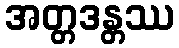
အတ္တဒန္တဿ